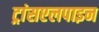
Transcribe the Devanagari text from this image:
ट्रांसएलपाइन